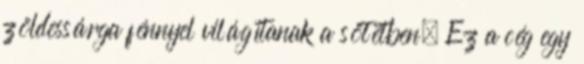
zöldessárga fénnyel világítanak a sötétben. Ez a cég egy